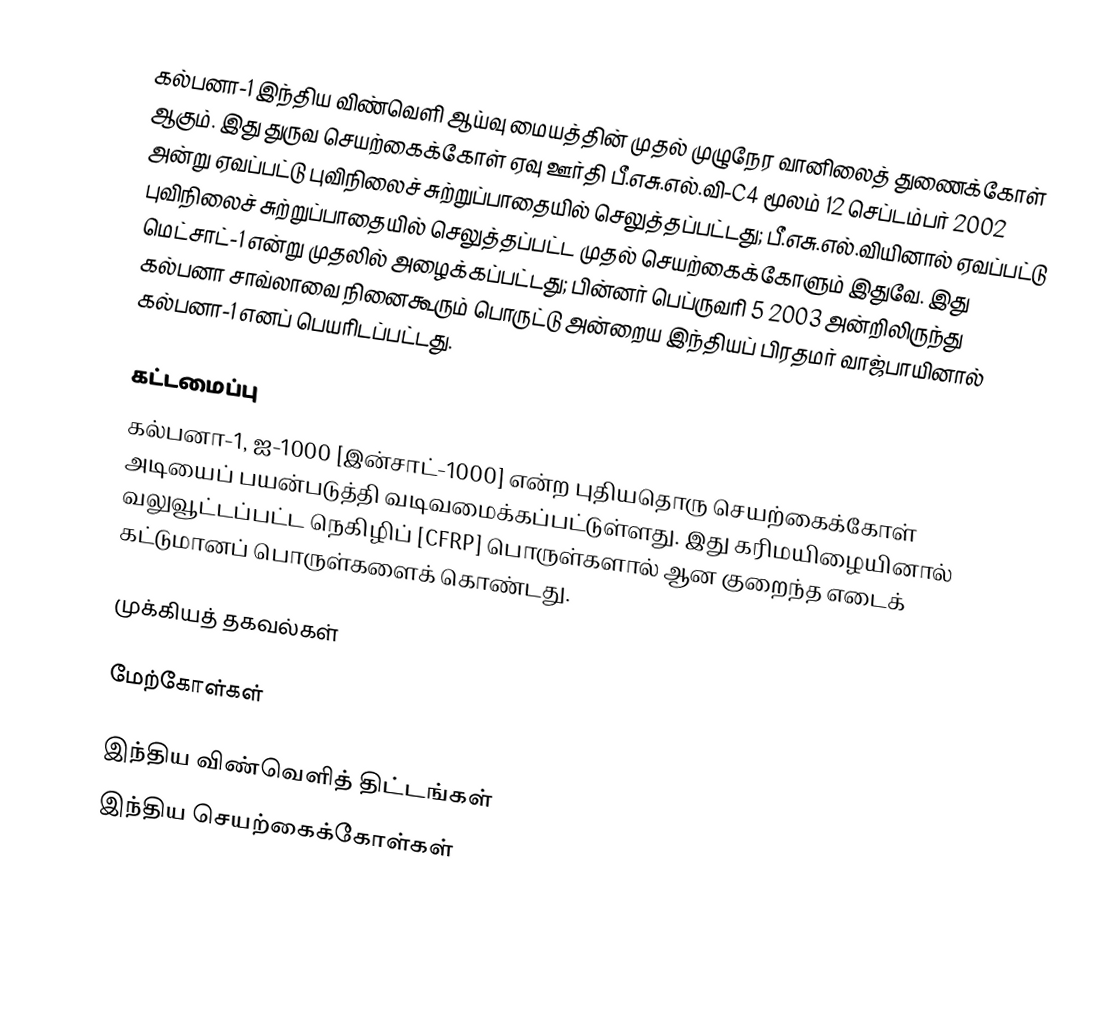
கல்பனா-1 இந்திய விண்வெளி ஆய்வு மையத்தின் முதல் முழுநேர வானிலைத் துணைக்கோள் ஆகும். இது துருவ செயற்கைக்கோள் ஏவு ஊர்தி பீ.எசு.எல்.வி-C4 மூலம் 12 செப்டம்பர் 2002 அன்று ஏவப்பட்டு புவிநிலைச் சுற்றுப்பாதையில் செலுத்தப்பட்டது; பீ.எசு.எல்.வியினால் ஏவப்பட்டு புவிநிலைச் சுற்றுப்பாதையில் செலுத்தப்பட்ட முதல் செயற்கைக்கோளும் இதுவே. இது மெட்சாட்-1 என்று முதலில் அழைக்கப்பட்டது; பின்னர் பெப்ருவரி 5 2003 அன்றிலிருந்து கல்பனா சாவ்லாவை நினைகூரும் பொருட்டு அன்றைய இந்தியப் பிரதமர் வாஜ்பாயினால் கல்பனா-1 எனப் பெயரிடப்பட்டது.

கட்டமைப்பு
கல்பனா-1, ஐ-1000 [இன்சாட்-1000] என்ற புதியதொரு செயற்கைக்கோள் அடியைப் பயன்படுத்தி வடிவமைக்கப்பட்டுள்ளது. இது கரிமயிழையினால் வலுவூட்டப்பட்ட நெகிழிப் [CFRP] பொருள்களால் ஆன குறைந்த எடைக் கட்டுமானப் பொருள்களைக் கொண்டது.

முக்கியத் தகவல்கள்

மேற்கோள்கள்

இந்திய விண்வெளித் திட்டங்கள்
இந்திய செயற்கைக்கோள்கள்